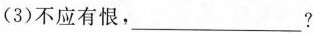
(3)不应有恨，___?